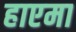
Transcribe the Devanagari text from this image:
हाएमा